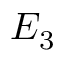
E _ { 3 }